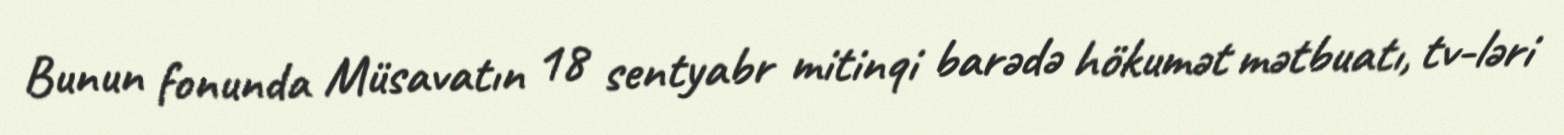
Bunun fonunda Müsavatın 18 sentyabr mitinqi barədə hökumət mətbuatı, tv-ləri